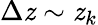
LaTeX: \Delta\mathit{z}\sim\mathit{z}_{k}